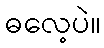
ဓလေ့ပဲ။